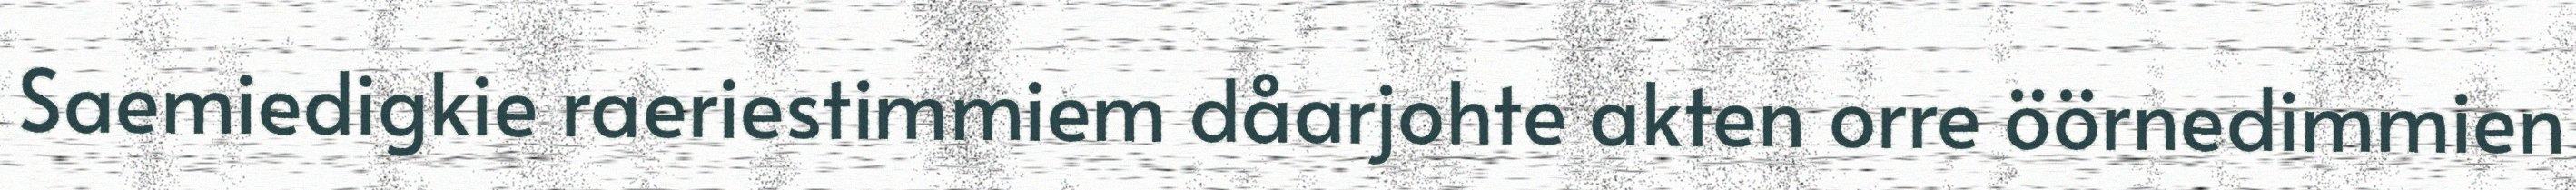
Saemiedigkie raeriestimmiem dåarjohte akten orre öörnedimmien